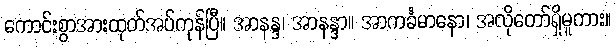
ကောင်းစွာအားထုတ်အပ်ကုန်ပြီ။ အာနန္ဒ၊ အာနန္ဒာ။ အာကင်္ခမာနော၊ အလိုတော်ရှိမူကား။